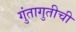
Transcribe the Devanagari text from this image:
गुंतागुतीची